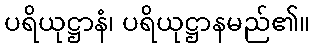
ပရိယုဋ္ဌာနံ၊ ပရိယုဋ္ဌာနမည်၏။